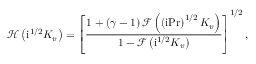
\mathcal { H } \left( \mathrm { i } ^ { 1 / 2 } K _ { v } \right) = \left[ \frac { 1 + \left( \gamma - 1 \right) \mathcal { F } \left( \left( \mathrm { i } \mathrm { P r } \right) ^ { 1 / 2 } K _ { v } \right) } { 1 - \mathcal { F } \left( \mathrm { i } ^ { 1 / 2 } K _ { v } \right) } \right] ^ { 1 / 2 } ,